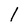
Character: 1